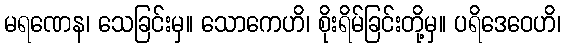
မရဏေန၊ သေခြင်းမှ။ သောကေဟိ၊ စိုးရိမ်ခြင်းတို့မှ။ ပရိဒေဝေဟိ၊